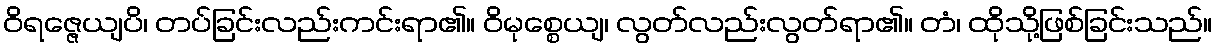
ဝိရဇ္ဇေယျပိ၊ တပ်ခြင်းလည်းကင်းရာ၏။ ဝိမုစ္စေယျ၊ လွတ်လည်းလွတ်ရာ၏။ တံ၊ ထိုသို့ဖြစ်ခြင်းသည်။